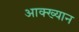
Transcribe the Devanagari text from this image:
आक्ख्यान